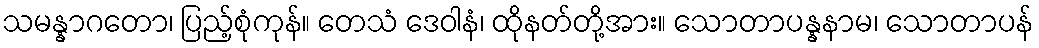
သမန္နာဂတော၊ ပြည့်စုံကုန်။ တေသံ ဒေဝါနံ၊ ထိုနတ်တို့အား။ သောတာပန္နနာမ၊ သောတာပန်